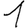
Digit: 1